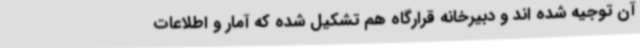
آن توجیه شده اند و دبیرخانه قرارگاه هم تشکیل شده که آمار و اطلاعات